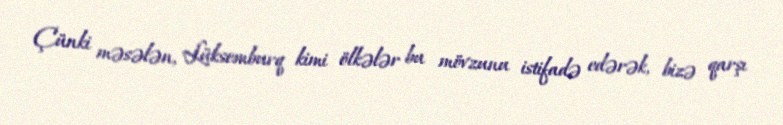
Çünki məsələn, Lüksemburq kimi ölkələr bu mövzunu istifadə edərək, bizə qarşı